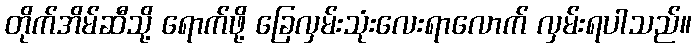
တိုက်အိမ်ဆီသို့ ရောက်ဖို့ ခြေလှမ်းသုံးလေးရာလောက် လှမ်းရပါသည်။